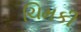
ચિમકી